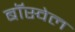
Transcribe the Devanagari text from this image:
बॉस्वेल